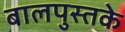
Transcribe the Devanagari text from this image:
बालपुस्तके